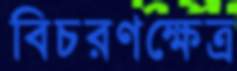
বিচরণক্ষেত্র